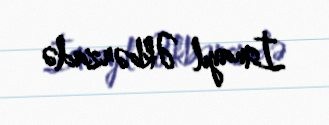
İsmayıl Əkbərzadə